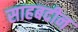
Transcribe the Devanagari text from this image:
साहबदीन